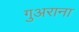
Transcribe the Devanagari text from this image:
गुअराना